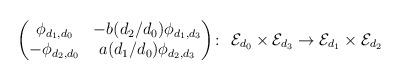
LaTeX: \begin{gather*} \begin{pmatrix} \phi_{d_1,d_0} & -b(d_2/d_0)\phi_{d_1,d_3}\\ -\phi_{d_2,d_0}& a(d_1/d_0)\phi_{d_2,d_3} \end{pmatrix}\! \colon\ {\cal E}_{d_0}\times {\cal E}_{d_3}\to {\cal E}_{d_1}\times {\cal E}_{d_2} \end{gather*}